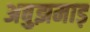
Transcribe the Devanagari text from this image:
अबुझमाड़